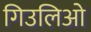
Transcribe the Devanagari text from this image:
गिउलिओ